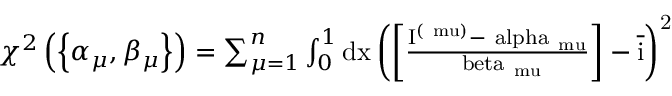
\begin{array} { r } { \chi ^ { 2 } \left( \left\{ \alpha _ { \mu } , \beta _ { \mu } \right\} \right) = \sum _ { \mu = 1 } ^ { n } \int _ { 0 } ^ { 1 } \mathrm { { d } x \left( \left[ \frac { I ^ { ( \ m u ) } - \ a l p h a _ { \ m u } } { \ b e t a _ { \ m u } } \right] - \overline { { i } } \right) ^ { 2 } } } \end{array}